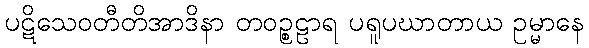
ပဋိသေဝတီတိအာဒိနာ တဝဉ္စဠာရ ပရူပဃာတာယ ဥမ္မာနေ